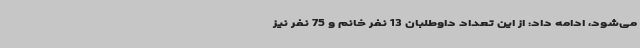
می‌شود، ادامه داد: از این تعداد داوطلبان 13 نفر خانم و 75 نفر نیز